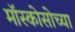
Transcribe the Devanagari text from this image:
मॉस्कोसोच्या